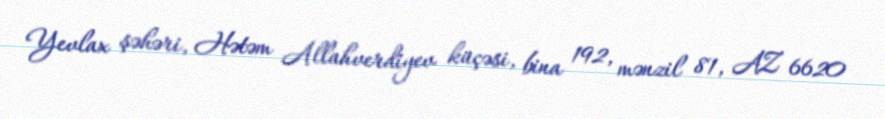
Yevlax şəhəri, Hətəm Allahverdiyev küçəsi, bina 192, mənzil 81, AZ 6620